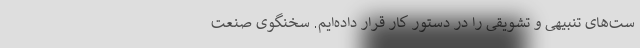
ست‌های تنبیهی و تشویقی را در دستور کار قرار داده‌ایم. سخنگوی صنعت